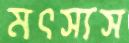
মৎস্যস